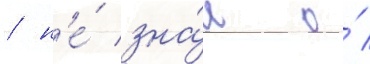
/ н'е́ зна́л о́